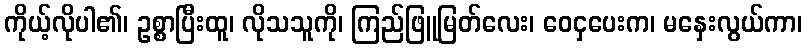
ကိုယ့်လိုပါ၏၊ ဥစ္စာပြီးထူ၊ လိုသသူကို၊ ကြည်ဖြူမြတ်လေး၊ ဝေငှပေးက၊ မနှေးလွယ်ကာ၊